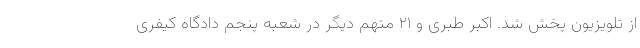
از تلویزیون پخش شد. اکبر طبری و ۲۱ متهم دیگر در شعبه پنجم دادگاه کیفری